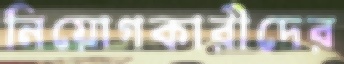
নিয়োগকারীদের